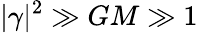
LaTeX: |\gamma|^{2}\gg GM\gg 1